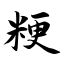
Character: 粳